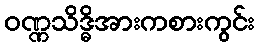
ဝဏ္ဏသိဒ္ဓိအားကစားကွင်း